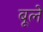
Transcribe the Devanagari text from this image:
बूले